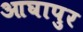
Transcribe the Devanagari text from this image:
आघापुर